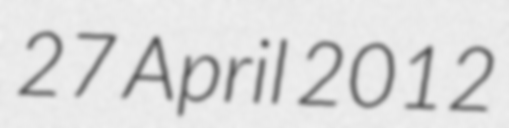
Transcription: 27 April 2012